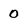
Character: 0